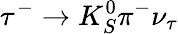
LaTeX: \tau^{-}\to K_{S}^{0}\pi^{-}\nu_{\tau}